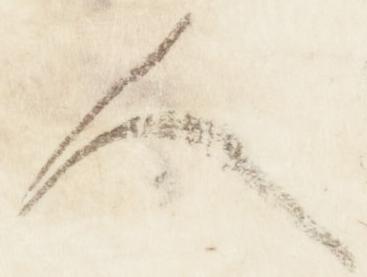
人